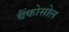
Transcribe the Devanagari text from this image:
बैंकोसोल